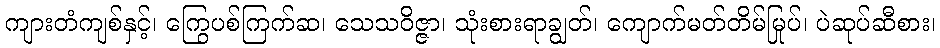
ကျားတံကျစ်နှင့်၊ ကြွေပစ်ကြက်ဆ၊ သေသဝိဇ္ဇာ၊ သုံးစားရာချွတ်၊ ကျောက်မတ်တိမ်မြုပ်၊ ပဲဆုပ်ဆီစား၊